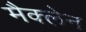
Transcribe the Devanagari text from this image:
मैक्‍लेन